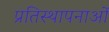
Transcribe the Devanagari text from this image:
प्रतिस्थापनाओं